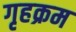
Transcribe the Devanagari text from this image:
गृहक्रम